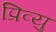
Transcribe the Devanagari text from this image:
प्रिव्यु